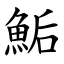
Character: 鮜